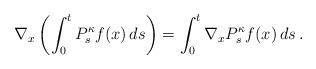
LaTeX: \begin{align*}\nabla_x \left( \int_0^t P^{\kappa}_s f(x)\,ds \right)= \int_0^t \nabla_x P^{\kappa}_s f(x)\,ds\,.\end{align*}